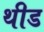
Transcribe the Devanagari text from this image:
थीड